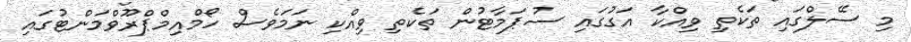
މި ސޭލްގައި ތަކެތި ވިއްކާ އަގުގައި ސުޕަމާޓުން ތަކެތި ވިއްކި ނަމަވެސް ހޯމްއިމްޕްރޫވްމަންޓުގައި